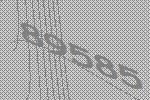
89585